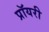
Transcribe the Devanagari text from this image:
प्रॉयरी